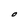
Character: O